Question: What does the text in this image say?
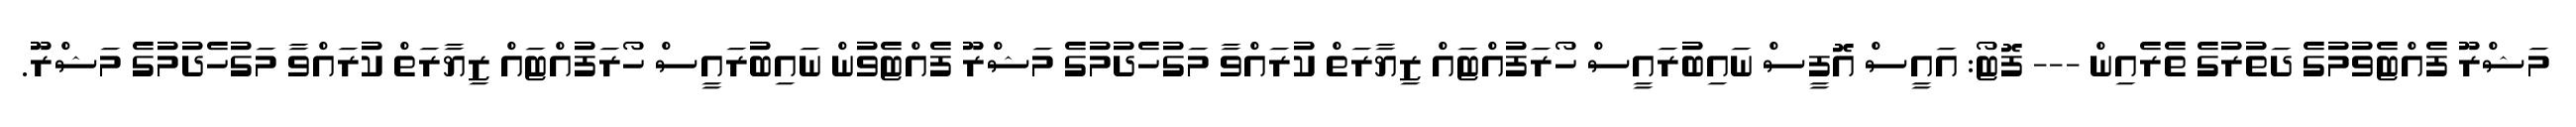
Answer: މަޝްރޫ ފެއްޓެވުމުގެ ދަތުރުގެ ތެރެއިން --- ފޮޓޯ: އައީސް އޮފީސް ނައިބުރައީސް ހޯރަފުއްޓައް ޒިޔާރަތް ކުރައްވާ މަގުހެދުމުގެ މަޝްރޫ ފެއްޓެވުން ނައިބުރައީސް ހޯރަފުއްޓައް ޒިޔާރަތް ކުރައްވާ މަގުހެދުމުގެ މަޝްރޫ.